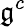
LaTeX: {\mathfrak{g}}^{c}